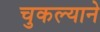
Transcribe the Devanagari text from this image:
चुकल्याने